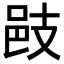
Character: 𢻌